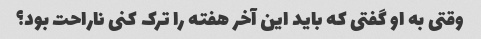
وقتی به او گفتی که باید این آخر هفته را ترک کنی ناراحت بود؟